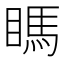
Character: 𥉊